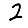
Digit: 2